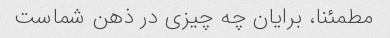
مطمئنا، برایان چه چیزی در ذهن شماست